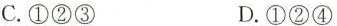
C.①②③ D.①②④